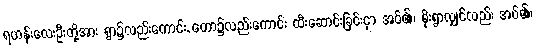
ရဟန်းလေးဦးတို့အား ရွာ၌လည်းကောင်း, တော၌လည်းကောင်း ထီးဆောင်းခြင်းငှာ အပ်၏၊ မိုးရွာလျှင်လည်း အပ်၏၊